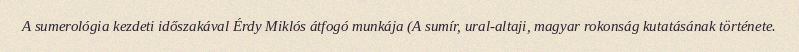
A sumerológia kezdeti időszakával Érdy Miklós átfogó munkája (A sumír, ural-altaji, magyar rokonság kutatásának története.